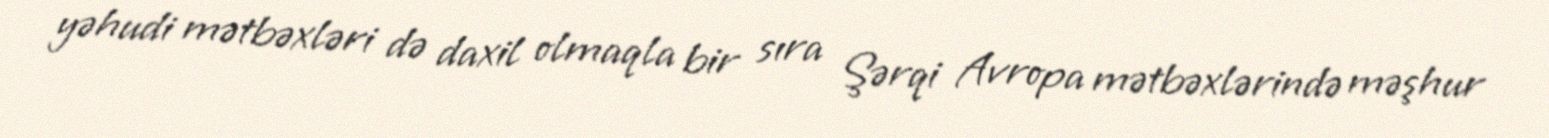
yəhudi mətbəxləri də daxil olmaqla bir sıra Şərqi Avropa mətbəxlərində məşhur